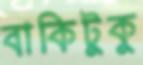
বাকিটুকু